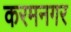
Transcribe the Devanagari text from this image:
करमनगर